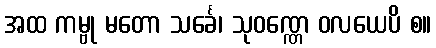
အထ ကမ္ဗု မတော သင်္ခေ၊ သုဝဏ္ဏေ ဝလယေပိ စ။